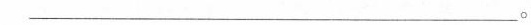
___